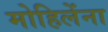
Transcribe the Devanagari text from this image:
मोहिलेंना